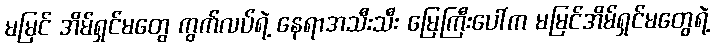
မမြင် အိမ်ရှင်မတွေ ကွက်လပ်ရဲ့ နေရာအသီးသီး မြေကြီးပေါ်က မမြင်အိမ်ရှင်မတွေရဲ့